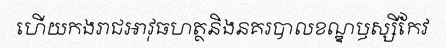
ហើយកងរាជអាវុធហត្ថនិងនគរបាលខណ្ឌឫស្សីកែវ